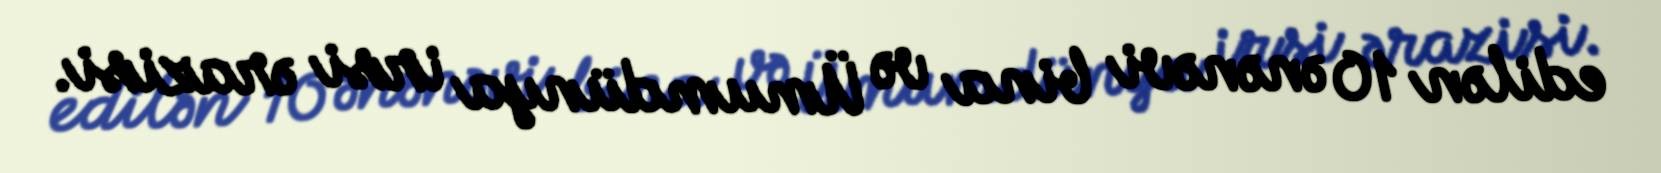
edilən 10 ənənəvi bina və Ümumdünya irsi ərazisi.